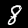
Label: 8